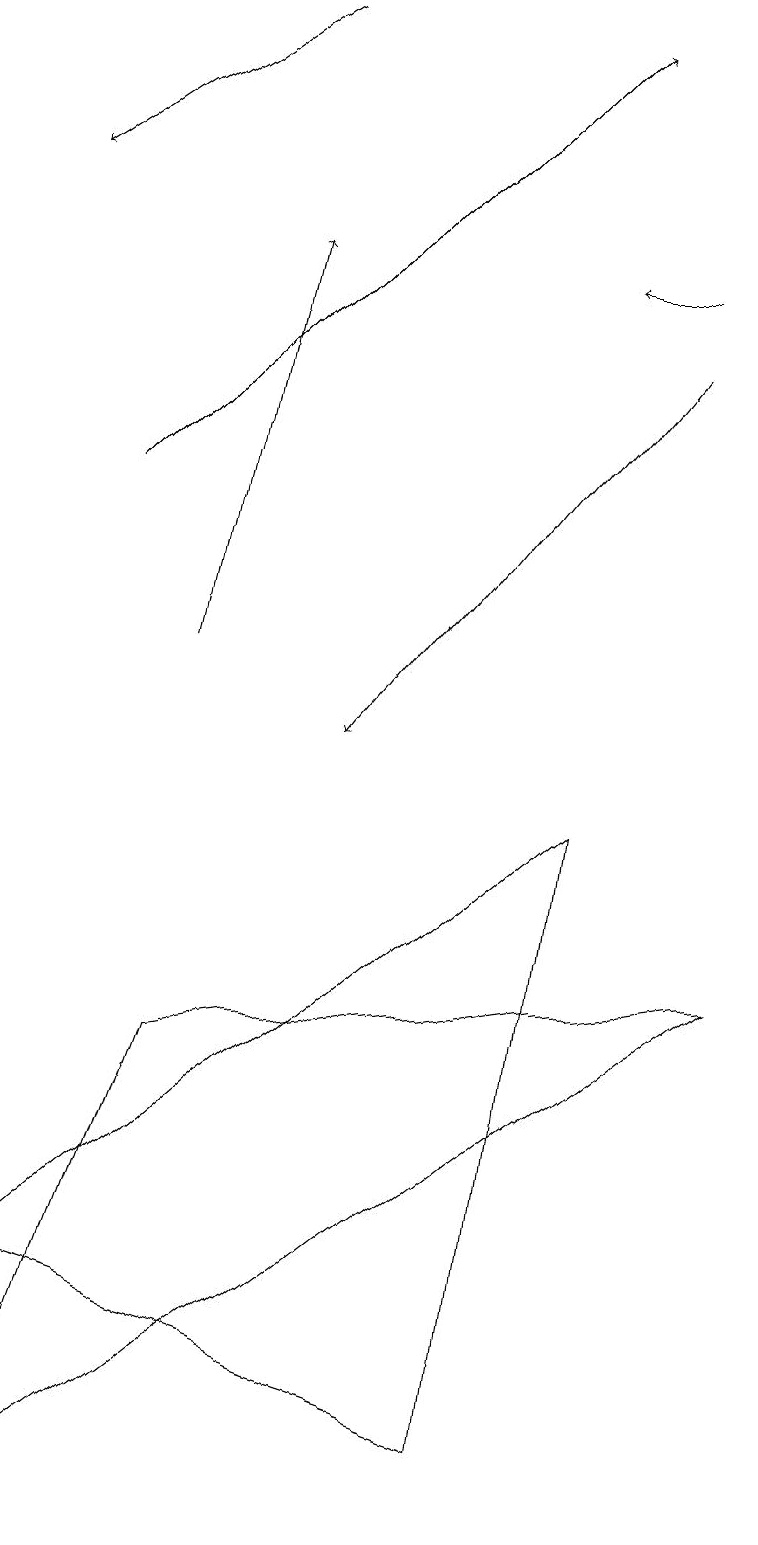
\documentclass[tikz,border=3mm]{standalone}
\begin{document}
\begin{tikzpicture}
\draw[->] (8,15) -- (4,10);
\draw[->] (8,16) -- (7,16);
\draw[->] (2,11) -- (3,16);
\draw[->] (1,13) -- (7,19);
\draw[->] (3,19) -- (0,17);
\draw (2,6) -- (0,0) -- (9,7) -- cycle;
\draw (7,9) -- (0,3) -- (6,1) -- cycle;
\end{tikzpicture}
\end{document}